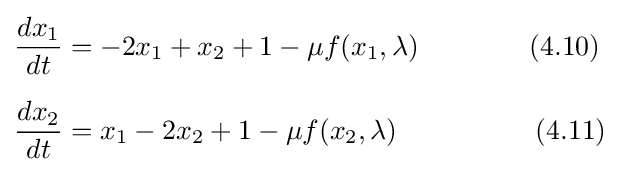
{\begin{aligned}&{\frac {dx_{1}}{dt}}=-2x_{1}+x_{2}+1-\mu f(x_{1},\lambda )\qquad \qquad (4.10)\\[6pt]&{\frac {dx_{2}}{dt}}=x_{1}-2x_{2}+1-\mu f(x_{2},\lambda )\qquad \qquad \quad (4.11)\end{aligned}}